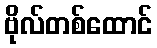
ဗိုလ်တစ်ထောင်